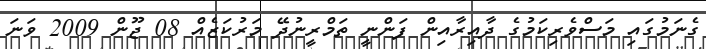
ގެނަމުގައި މަސްވެރިކަމުގެ ދާއިރާއިން ފަންނީ ތަމްރީނުދޭ މަރުކަޒެއް 08 ޖޫން 2009 ވަނަ